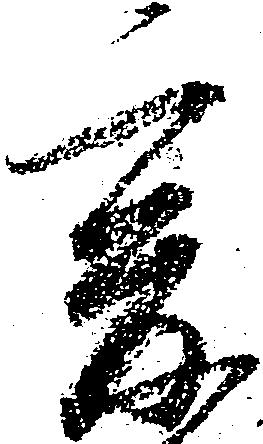
爰